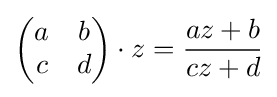
{\begin{pmatrix}a&b\\c&d\end{pmatrix}}\cdot z={\frac {az+b}{cz+d}}